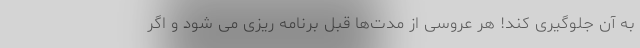
به آن جلوگیری کند! هر عروسی از مدت‌ها قبل برنامه ریزی می شود و اگر